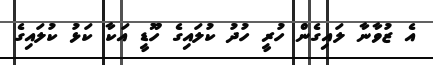
އެ ޒުވާނާ ލައިގެން ހުރީ ހުދު ކުލައިގެ ހޫޑީ އަކާ ކަޅު ކުލައިގެ